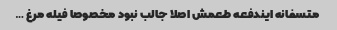
متسفانه ایندفعه طعمش اصلا جالب نبود مخصوصا فیله مرغ …